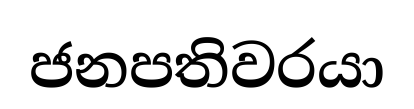
ජනපතිවරයා